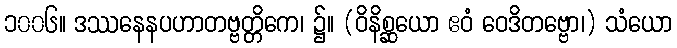
၁၀၀၆။ ဒဿနေနပဟာတဗ္ဗတ္တိကေ၊ ၌။ (ဝိနိစ္ဆယော ဧဝံ ဝေဒိတဗ္ဗော၊) သံယော